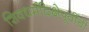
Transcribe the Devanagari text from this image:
शिवधर्मदिक्षेपूर्वीची